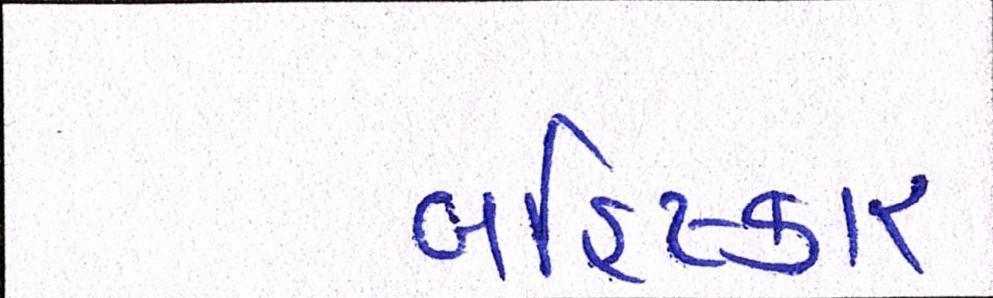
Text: બહિષ્કાર